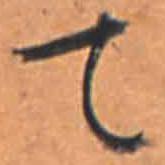
て